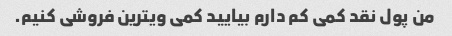
من پول نقد کمی کم دارم بیایید کمی ویترین فروشی کنیم.